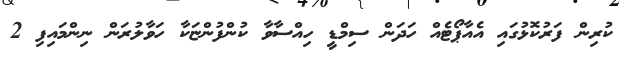
ކުރިން ފަރުކޮޅުގައި އެއާޕޯޓެއް ހަދަން ސިމްޑީ ހިއްސާވާ ކުންފުންޏަކާ ހަވާލުރަން ނިންމައިފި 2